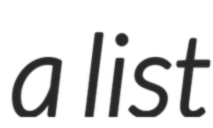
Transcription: a list